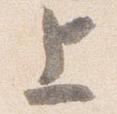
上